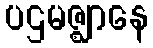
ပဌမဇ္ဈာနေ